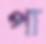
পা